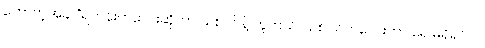
ဟောတဲ့အခါ “ရဟန်းကလေးဆိုတာ သစ်ပင်နဲ့ တူတယ်၊ သစ်ပင်ကလေးဟာ ရေ မရှိရင်လဲ